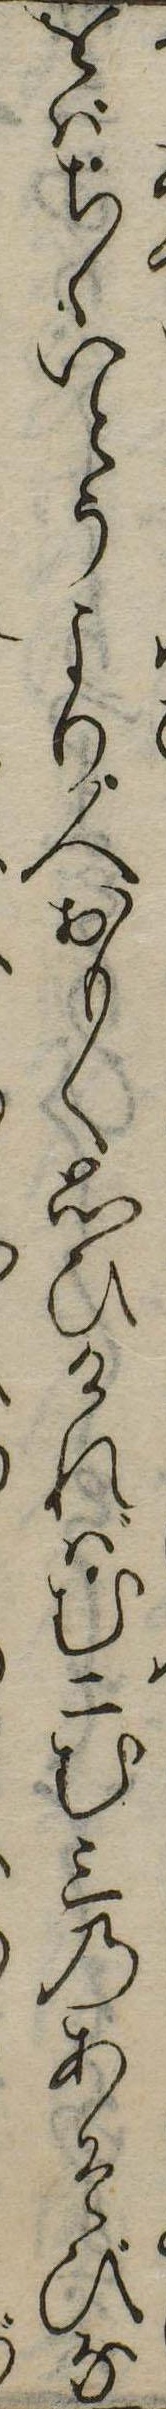
をばちゝいとうより人おもく思ひければむ二む三のあそびな